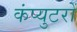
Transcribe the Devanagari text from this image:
कंप्युटरों